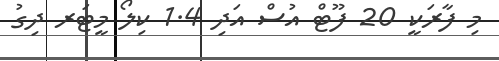
މި ފާރަކީ 20 ފޫޓް އުސް އަދި 1.4 ކިލޯ މީޓަރ ދިގު